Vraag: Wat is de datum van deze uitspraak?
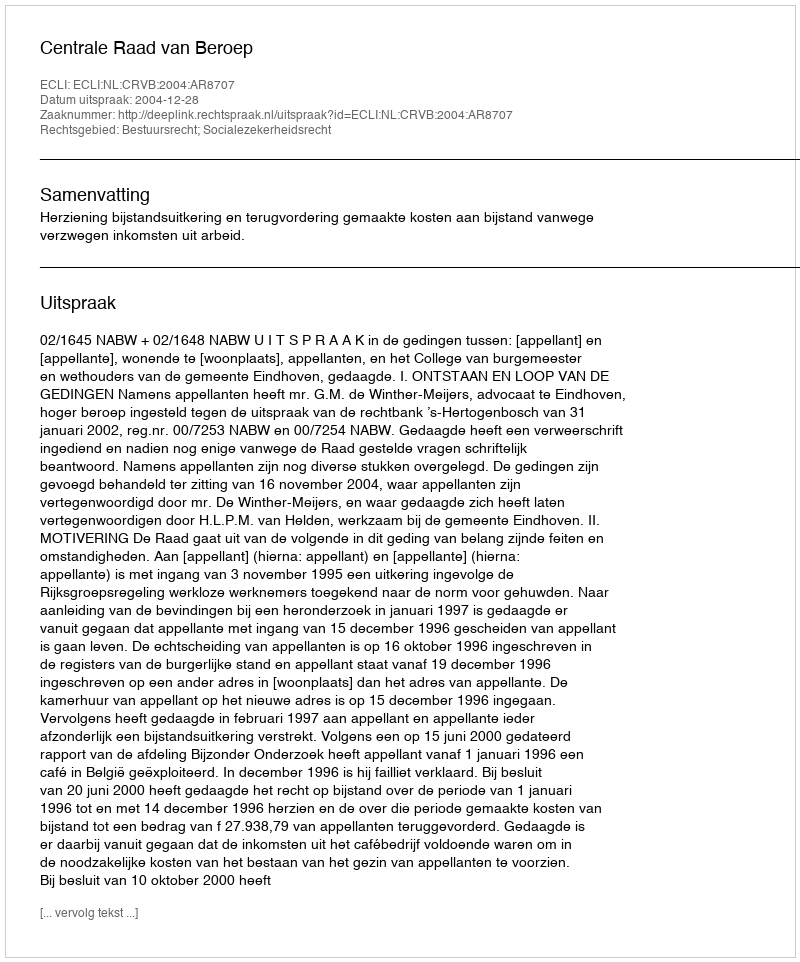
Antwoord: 2004-12-28